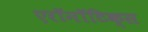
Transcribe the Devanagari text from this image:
एरॉनॉटिक्स